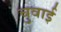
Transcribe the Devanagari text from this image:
चुवाई